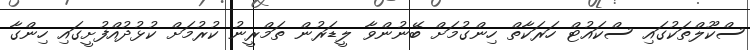
ސްކޫލްތަކުގައި ސްކައުޓް ހަރަކާތް ހިންގުމަށް ބޭނުންވާ ލީޑަރުން ތަމްރީނު ކުރުމަށް ކުޅުދުއްފުށީގައި ހިންގާ